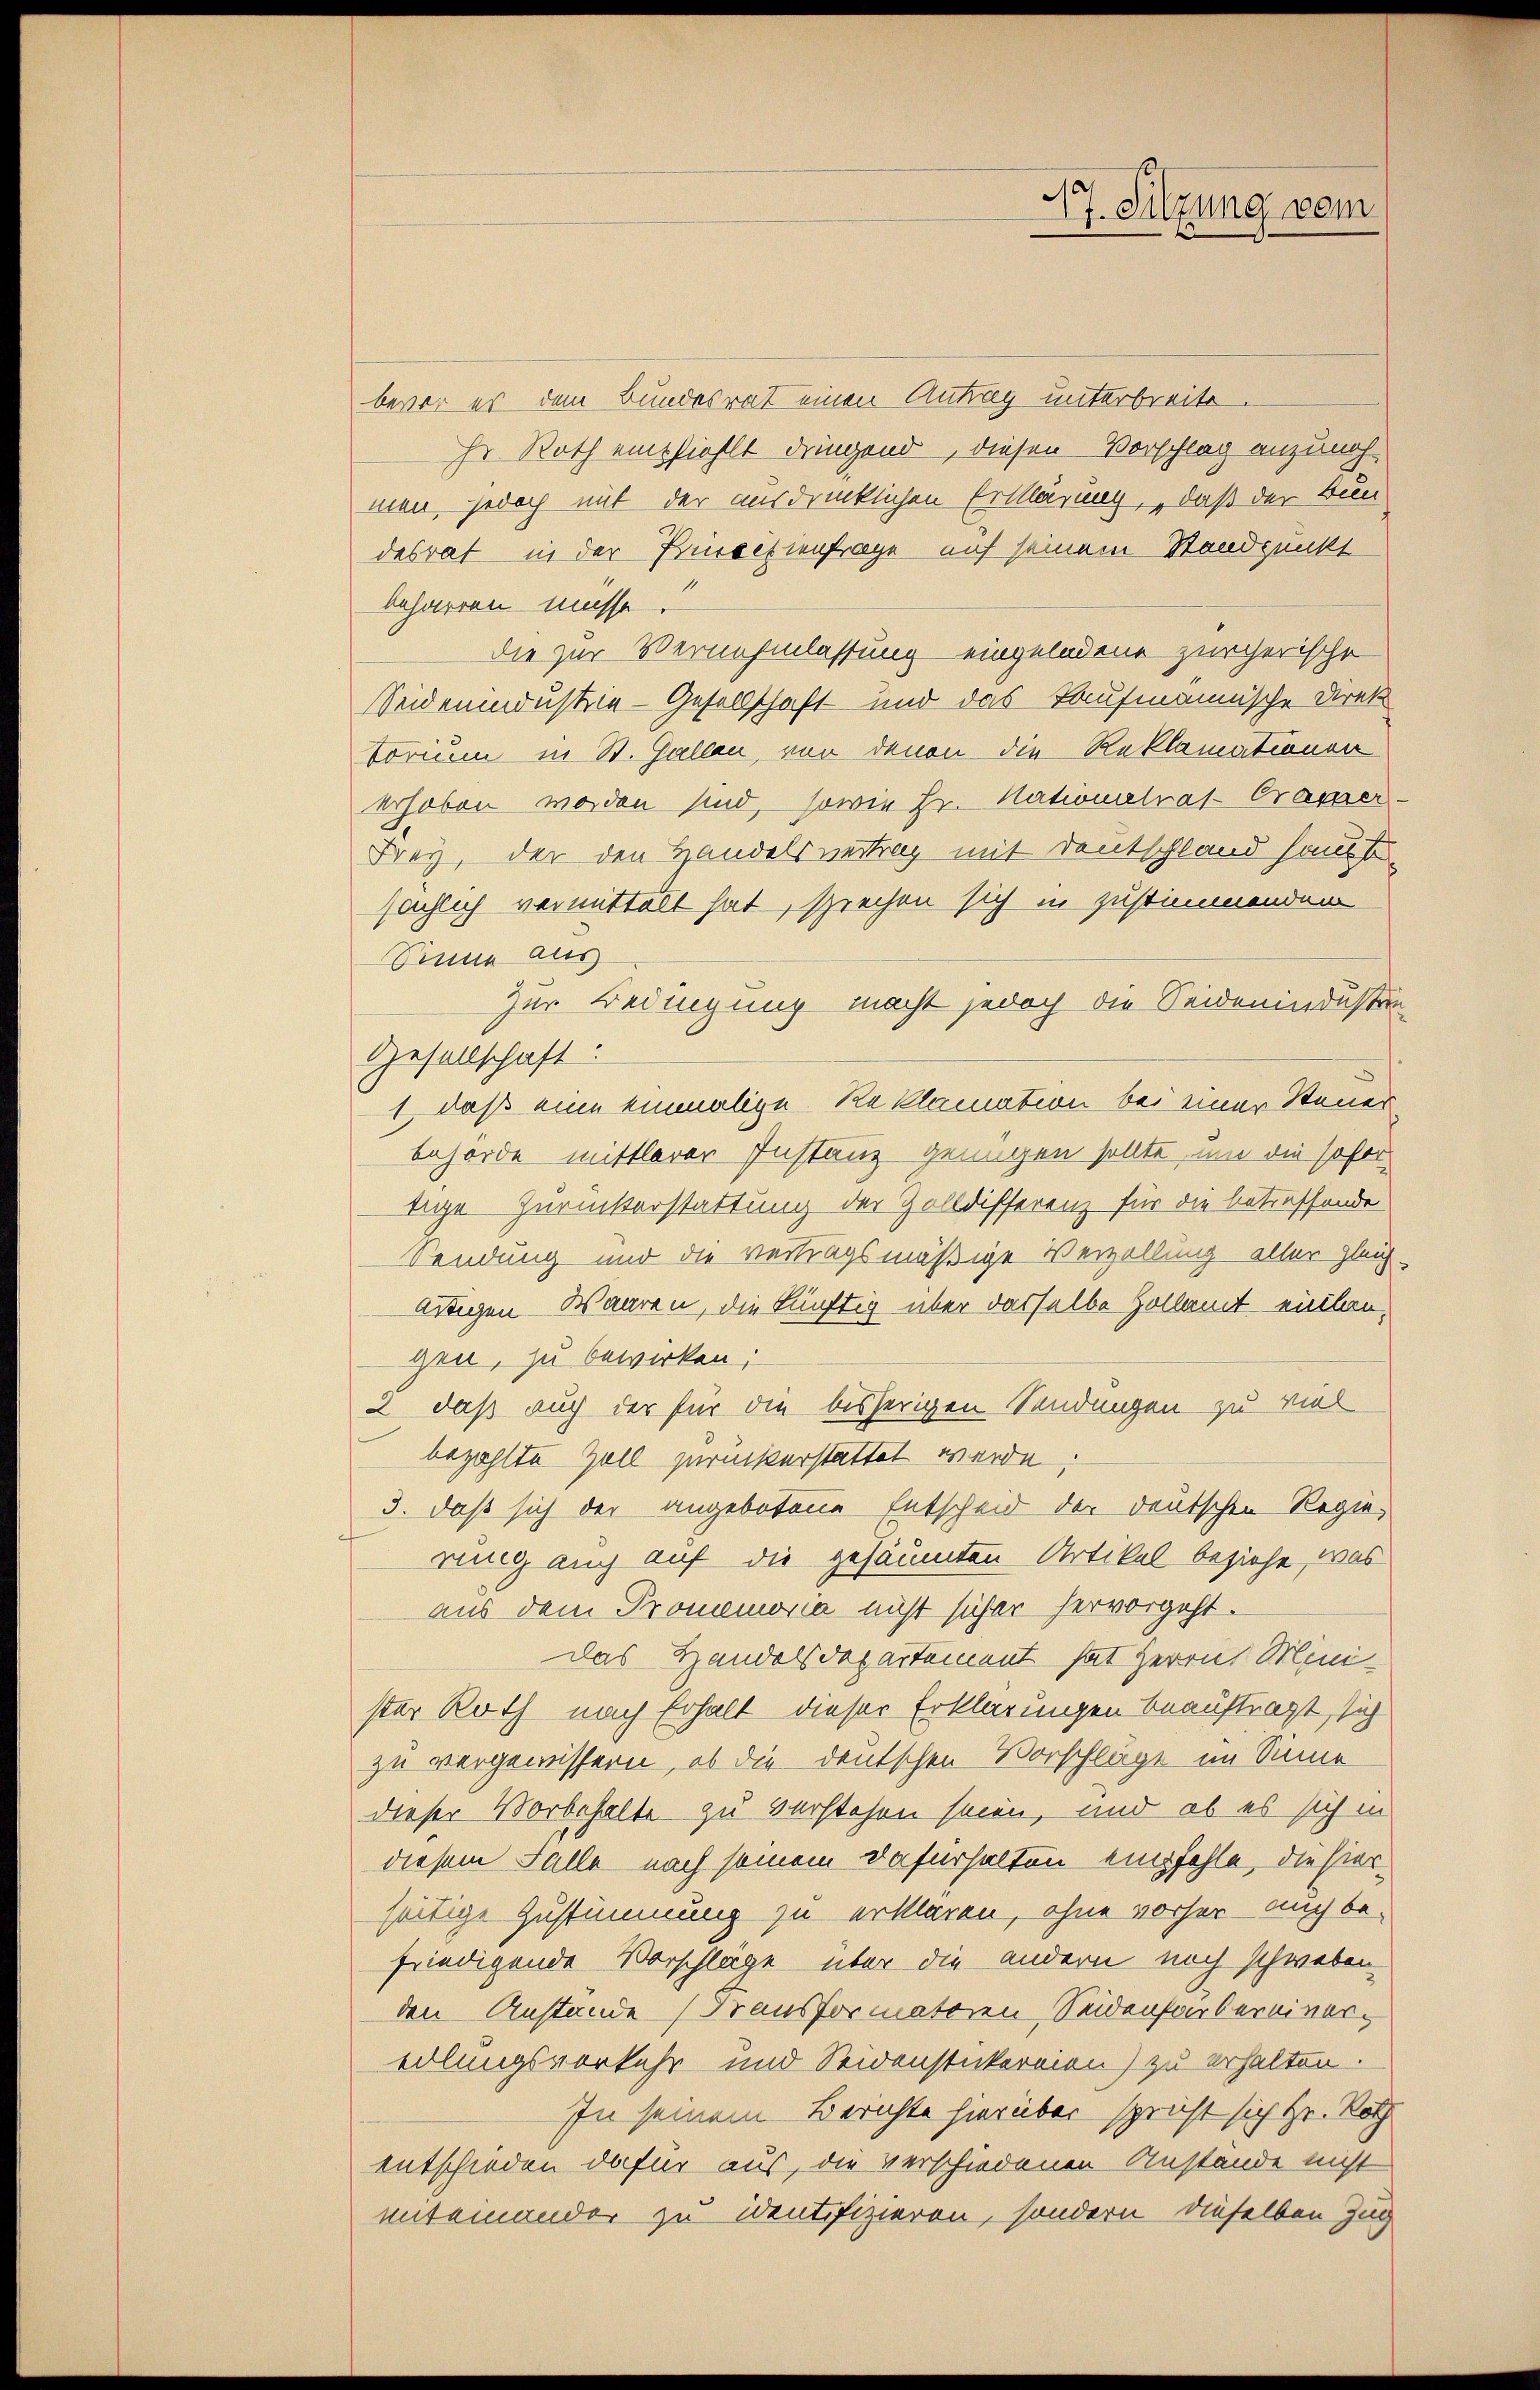
bevor es dem Bundesrat einen Antrag unterbreite.
ihr Roth empfiehlt dringend, diesen Vorschlag anzuneh-
men, jedoch mit der ausdrücklichen Erklärung, „daß der Bun-
desrat in der Principienfrage auf seinem Standpunkt
beharren müsse?
die zur Vernehmlassung eingeladene zürcherische
Seidenindustrie-Gesellschaft und das Kaufmannische Direk
Vorium in St. Gallen, von denen die Reklamationen
erhoben worden sind, sowie Hr. Nationalrat-Crasser-
Frey, der den Handelsvertrag mit Deutschland hausse
sächlich vermittelt hat, sprechen sich in zustimmenden
Sinne aus
Zur Bedingung macht jedoch die Seidenindusten
Gesellschaft:
1 daß eine einmalige Reklamation bei einer Steuerbehörde mittlerer Instanz genügen sollte, und die sofor
tige Zurückerstattung der Zolldifferenz für die betreffende
Sendung und die vertragsmäßige Verzallung aller gleich-
Wagen Waaren, die künftig über dasselbe Hollamt einban
gen, zu bewirken;
2 daß auch der für die bisherigen Sendungen zu viel
bezahlte Zoll zurückerstattet werde.
3. daß sich der angebotene Entscheid der deutschen Regierung auch auf die gesäumten Artikel beziehe, was
aus dem Promemoria nicht sicher hervorgeht.
Das Handelsdepartement hat Herrn Mini-
ster Roth nach Erhalt dieser Erklärungen beauftragt, sich
zu vergewissern, ob die deutschen Vorschläge im Sinne
dieser Vorbehalte zu verstehen seien, und ob es sich in
diesem Falle nach seinem Dafürhalten empfehle, die hierseitige Zustimmung zu erklären, ohne vorher auch be-
friedigende Vorschläge über die andern noch schweben
den Anstande (Transformatoren Seidenfarbereineredlungsvorkehr und Seidenstickereien) zu erhalten.
In seinem Berichte hierüber spricht sich Hr. Roth
entschieden dafür aus, die verschiedenen Anstände nicht
miteinander zu identifizieren, sondern dieselben Zug

e
17. Sitzung vom